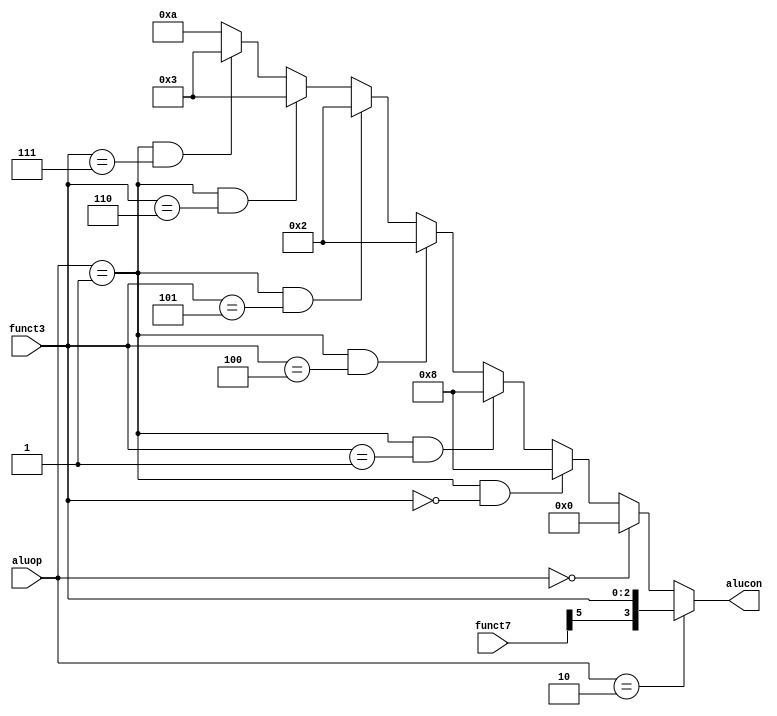
`timescale 1ns / 1ps
//////////////////////////////////////////////////////////////////////////////////
// Company: 
// Engineer: 
// 
// Design Name: 
// Module Name:    alucontrol 
// Project Name: 
// Target Devices: 
// Tool versions: 
// Description: 
//
// Dependencies: 
//
// Revision: 
// Revision 0.01 - File Created
// Additional Comments: 
//
//////////////////////////////////////////////////////////////////////////////////
module alucontrol(
    input [1:0] aluop,
    input [6:0] funct7,
    input [2:0] funct3,
    output [3:0] alucon
    );


assign alucon = (aluop==2'b10) ? {funct7[5], funct3}: //ALU
					 (aluop==2'b00) ?  4'b0000: //LW, SW, JALR 
					 (aluop==2'b01 && funct3==3'b000) ? 4'b1000:  //BRANCH
					 (aluop==2'b01 && funct3==3'b001) ? 4'b1000:
					 (aluop==2'b01 && funct3==3'b100) ? 4'b0010:
					 (aluop==2'b01 && funct3==3'b101) ? 4'b0010:
					 (aluop==2'b01 && funct3==3'b110) ? 4'b0011:
					 (aluop==2'b01 && funct3==3'b111) ? 4'b0011: 10; //default
	
endmodule